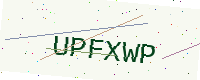
Text: UPFXWP